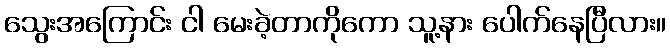
သွေးအကြောင်း ငါ မေးခဲ့တာကိုကော သူ့နား ပေါက်နေပြီလား။